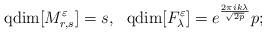
LaTeX: \begin{align*}{\rm qdim}[M^\varepsilon_{r,s}] =s, \ \ {\rm qdim}[F^\varepsilon_\lambda]=e^{\frac{2 \pi i k \lambda}{\sqrt{2p}}} p;\end{align*}